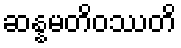
ဆန္နမတိဝဿတိ